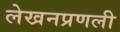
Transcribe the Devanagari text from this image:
लेखनप्रणली